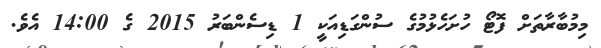
މިމުބާރާތަށް ފޮޓޯ ހުށަހެޅުމުގެ ސުންގަޑިއަކީ 1 ޑިސެންބަރު 2015 ގެ 14:00 އެވެ.